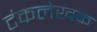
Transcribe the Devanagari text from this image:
टंकलेखक